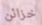
خزائن